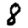
Digit: 8